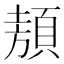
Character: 𩓁